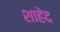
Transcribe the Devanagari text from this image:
शाहेद